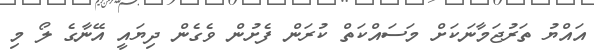
އައްޔު ތަރުޖަމާނަކަށް މަސައްކަތް ކުރަން ފެށުން ވެގެން ދިޔައީ އޭނާގެ ލޯ މި